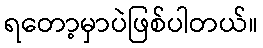
ရတော့မှာပဲဖြစ်ပါတယ်။